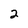
Character: 2